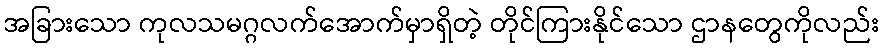
အခြားသော ကုလသမဂ္ဂလက်အောက်မှာရှိတဲ့ တိုင်ကြားနိုင်သော ဌာနတွေကိုလည်း